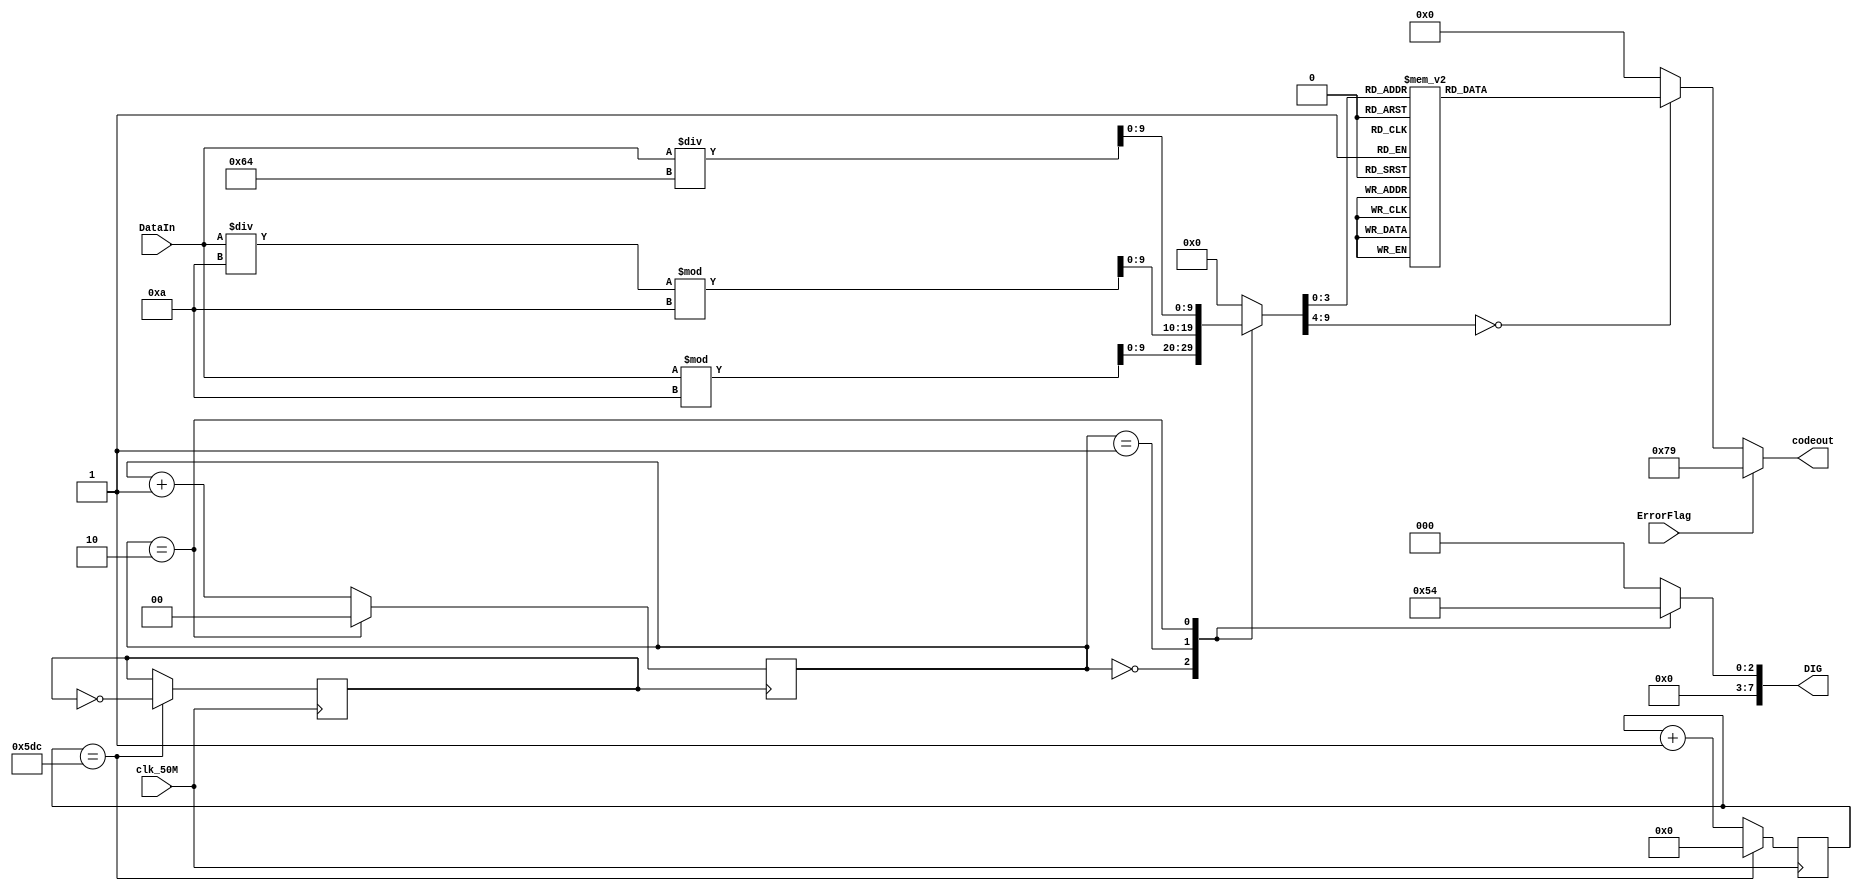
module DynamicScanTubes(clk_50M, DataIn, ErrorFlag, DIG, codeout);
    //
    input clk_50M;
    input ErrorFlag;//
    input [9:0] DataIn;//
    
    //
    output reg[7:0] DIG;
    output reg[6:0] codeout;

    //
	reg [1:0] SEL;
	reg [9:0] Y;
	reg new_clk;
	reg [15:0] counter;//16

    initial begin
        counter <= 0;//
        new_clk <= 0;//
		  SEL <= 2'b00;
		  Y <= 10'b0;
		  DIG <= 8'b0000_0000;
    end

    //
    always @(posedge clk_50M) begin
        if (counter == 1500) begin
            counter <= 0;//
            new_clk <= ~new_clk;//
        end else begin
            counter <= counter + 1;//
        end
    end

    //
    always @(posedge new_clk)
    begin
        if (SEL == 2'd2)
            SEL <= 2'd0;
        else
            SEL <= SEL + 1;
    end

    //
    always @(SEL)
    begin
        case (SEL)
            2'd0: Y <= DataIn % 10;//
            2'd1: Y <= (DataIn / 10) % 10;// 
            2'd2: Y <= DataIn / 100;//
            default: Y <= 4'b0000; 
        endcase
    end

    //
    always @(*)
    begin
        if (ErrorFlag == 1)
            codeout = 7'b1111001;//E
        else
            case(Y)
            4'd0 : codeout = 7'b0111111;//gfedcba
            4'd1 : codeout = 7'b0000110;
            4'd2 : codeout = 7'b1011011;
            4'd3 : codeout = 7'b1001111;
            4'd4 : codeout = 7'b1100110;
            4'd5 : codeout = 7'b1101101;
            4'd6 : codeout = 7'b1111101;
            4'd7 : codeout = 7'b0000111;
            4'd8 : codeout = 7'b1111111;
            4'd9 : codeout = 7'b1101111;
            default: codeout = 7'b0000000;
            endcase
    end
    
    //
    always @(SEL)
    begin 
        case (SEL)
            2'd0: DIG <= 8'b0000_0001;//
            2'd1: DIG <= 8'b0000_0010;//
            2'd2: DIG <= 8'b0000_0100;//
            default: DIG <= 8'b0000_0000;
        endcase
    end
	 
endmodule